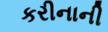
કરીનાની